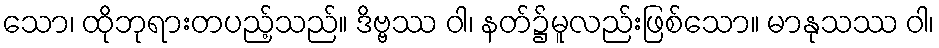
သော၊ ထိုဘုရားတပည့်သည်။ ဒိဗ္ဗဿ ဝါ၊ နတ်၌မူလည်းဖြစ်သော။ မာနုသဿ ဝါ၊